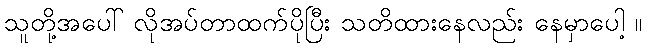
သူတို့အပေါ် လိုအပ်တာထက်ပိုပြီး သတိထားနေလည်း နေမှာပေါ့ ။